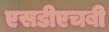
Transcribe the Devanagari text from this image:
एसडीएचबी